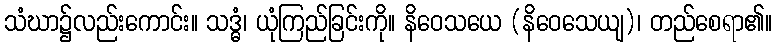
သံဃာ၌လည်းကောင်း။ သဒ္ဓံ၊ ယုံကြည်ခြင်းကို။ နိဝေသယေ (နိဝေသေယျ)၊ တည်စေရာ၏။